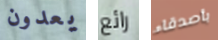
يعدون رائع بأصدقاء